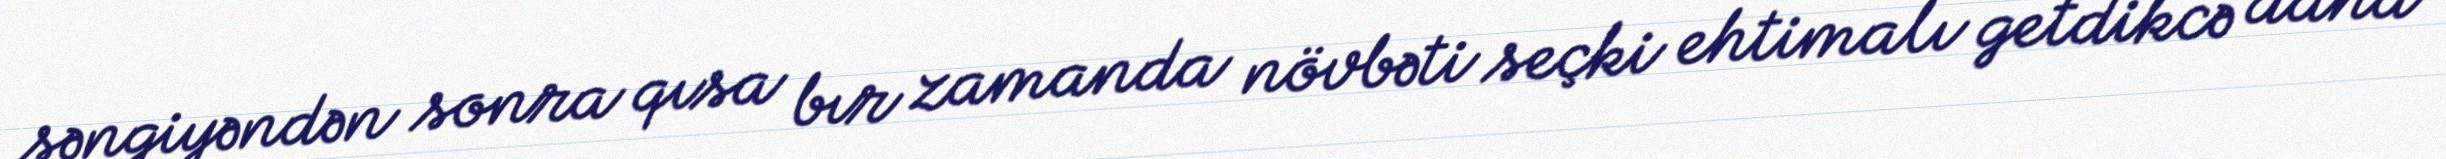
səngiyəndən sonra qısa bır zamanda növbəti seçki ehtimalı getdikcə daha